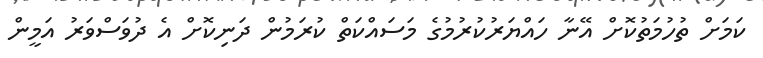
ކަމަށް ތުހުމަތުކޮށް އޭނާ ހައްޔަރުކުރުމުގެ މަސައްކަތް ކުރަމުން ދަނިކޮށް އެ ދުވަސްވަރު އަމީން